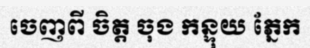
ចេញពី ចិត្ត ចុង កន្ទុយ ភ្នែក